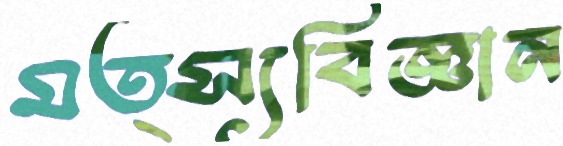
মত্স্যবিজ্ঞান